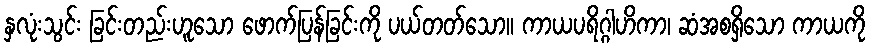
နှလုံးသွင်း ခြင်းတည်းဟူသော ဖောက်ပြန်ခြင်းကို ပယ်တတ်သော။ ကာယပရိဂ္ဂါဟိကာ၊ ဆံအစရှိသော ကာယကို